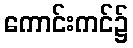
ကောင်းကင်၌